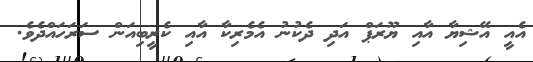
އެއީ އޭޝިޔާ އާއި ޔޫރަޕް އަދި ދެކުނު އެމެރިކާ އާއި ކެރީބިއަން ސަރަހައްދެވެ.